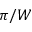
\pi / W